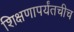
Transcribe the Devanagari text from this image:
शिक्षणापर्यंतचीच